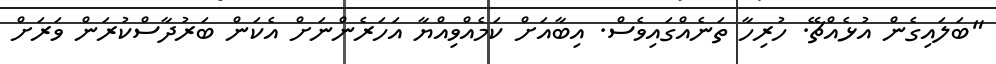
"ބަލައިގެން އުޅެއްޗޭ. ހުރިހާ ތަނެއްގައިވެސް. އިބާއަށް ކަމެއްވިއްޔާ އަހަރެންނަށް އެކަން ބަރުދާސްކުރަން ވަރަށް